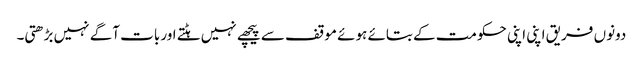
دونوں فریق اپنی اپنی حکومت کے بتائے ہوئے موقف سے پیچھے نہیں ہٹتے اور بات آگے نہیں بڑھتی۔